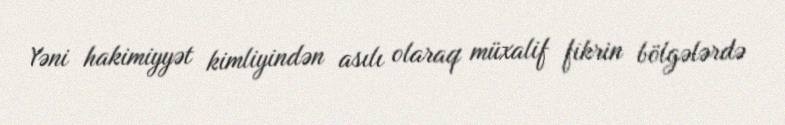
Yəni hakimiyyət kimliyindən asılı olaraq müxalif fikrin bölgələrdə